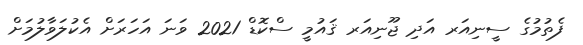
ފެތުމުގެ ސީނިއަރ އަދި ޖޫނިއަރ ޤައުމީ ސްކޮޑް 2021 ވަނަ އަހަރަށް އެކުލަވާލުމަށް